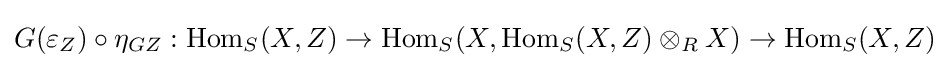
G(\varepsilon _{Z})\circ \eta _{GZ}:\operatorname {Hom} _{S}(X,Z)\to \operatorname {Hom} _{S}(X,\operatorname {Hom} _{S}(X,Z)\otimes _{R}X)\to \operatorname {Hom} _{S}(X,Z)